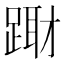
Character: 𨃁